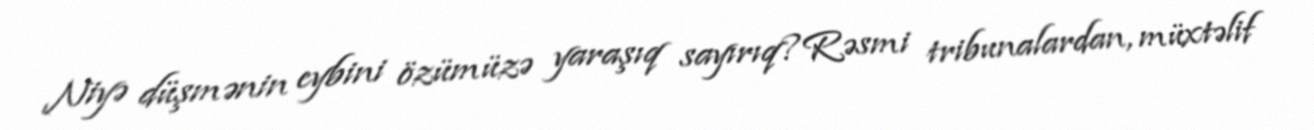
Niyə düşmənin eybini özümüzə yaraşıq sayırıq?Rəsmi tribunalardan, müxtəlif